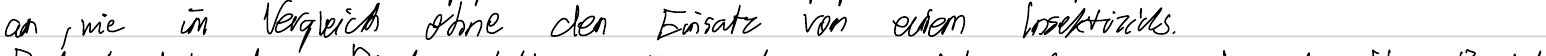
an ,wie im Vergleich ohne den Einsatz von einem Insektizids.